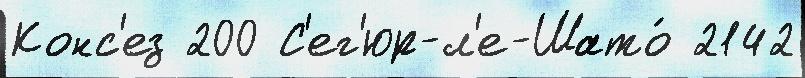
Конс'ез 200 С'ег'юр-л'е-Шато́ 2142